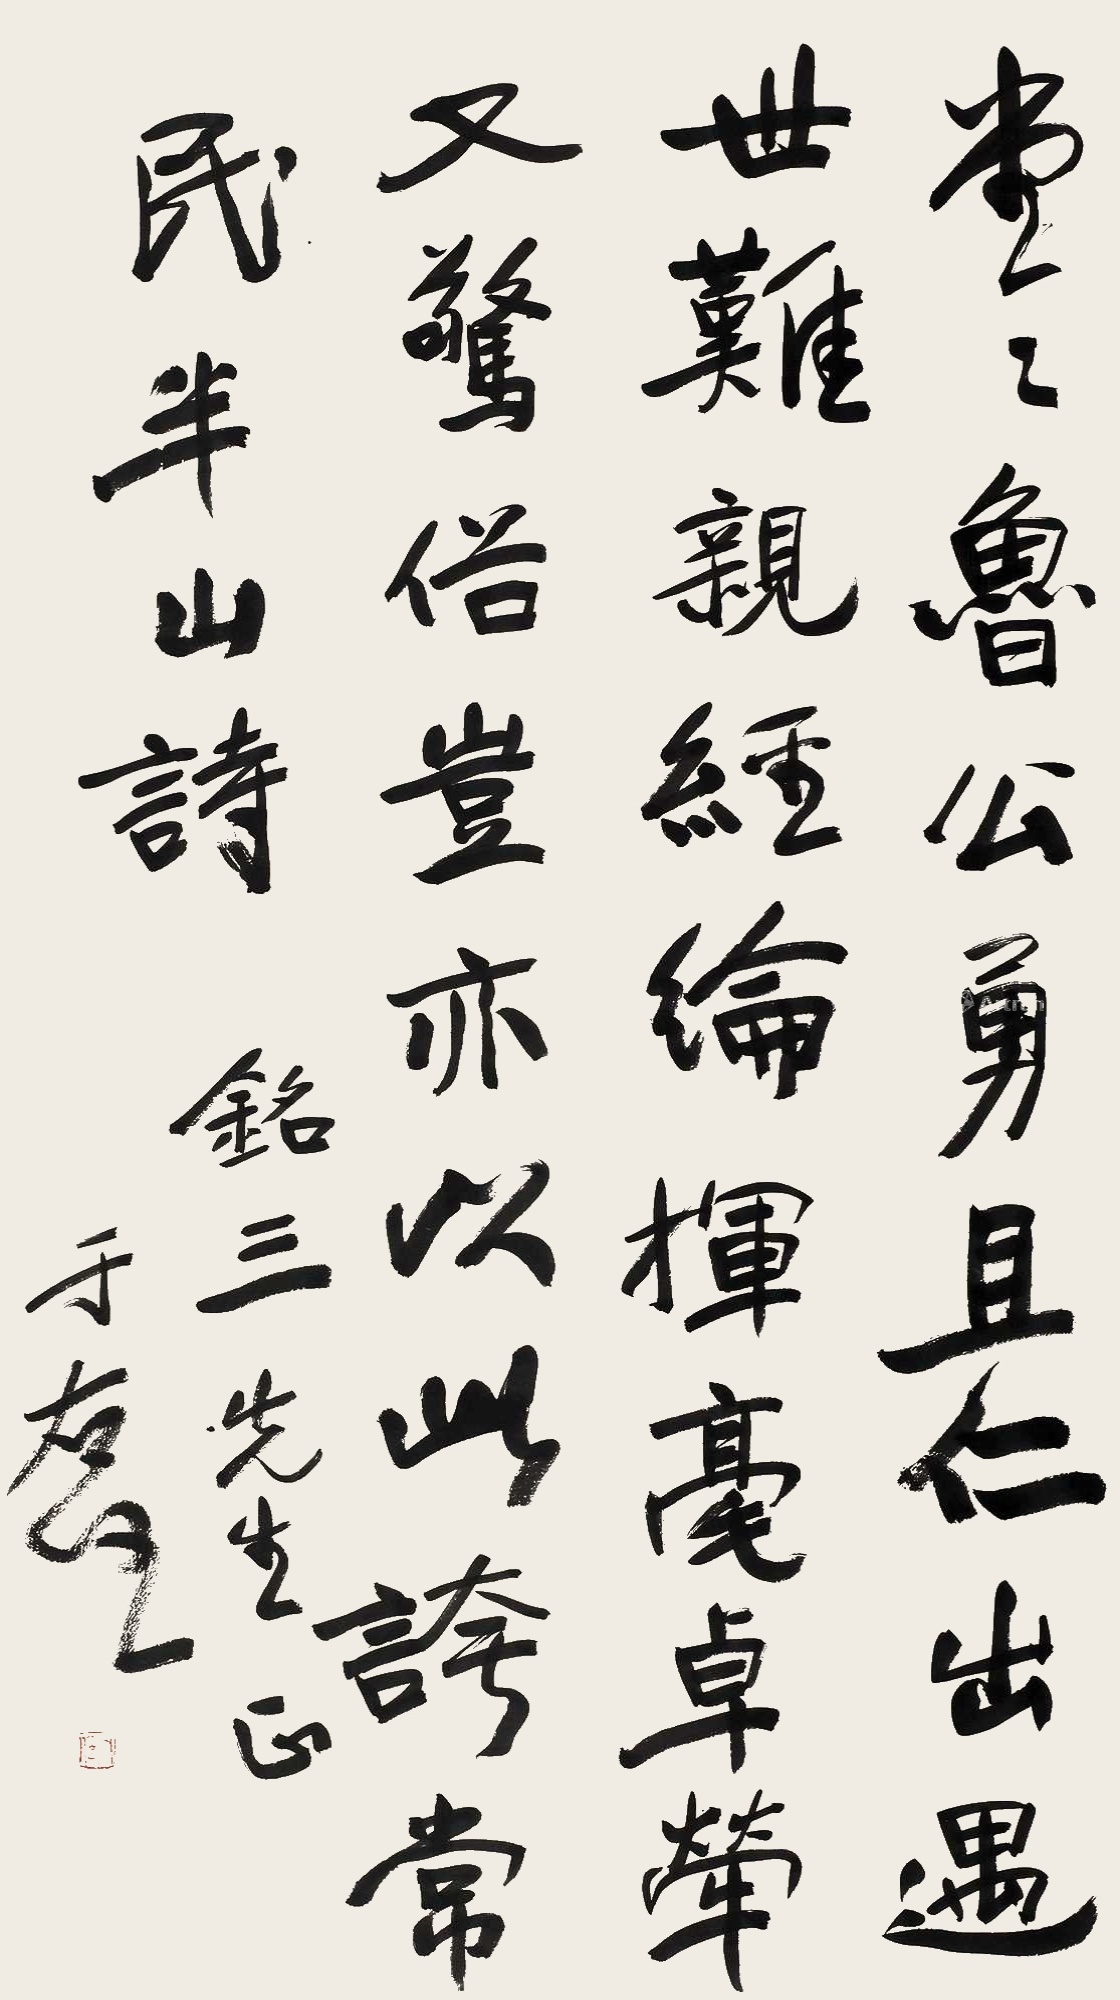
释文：堂堂鲁公勇且仁，出遇世难亲经纶。挥毫卓荦又惊俗，岂亦以此夸常民。半山诗。铭三先生正，于右任。